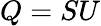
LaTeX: Q=SU